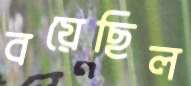
বয়েছিল